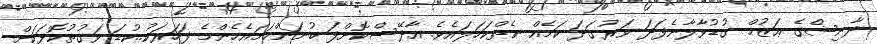
ދާނިޝްގެ ޢަޒުމް ގުޑުވާލާނެފަދަ ވަރުގަދަ ކަމެއް ނެތްކަހަލައެވެ. އާދޭސްކޮށްފަ ބުނަންހަމައެހެންމެ ފަހަރަކު..ކުޑަ ވަގުތުކޮޅަކަށް